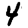
Digit: 4